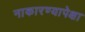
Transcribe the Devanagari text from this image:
नाकारण्यापेक्षा